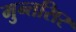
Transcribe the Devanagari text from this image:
मुन्तसिर